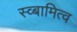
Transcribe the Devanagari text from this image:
स्व्बामित्व